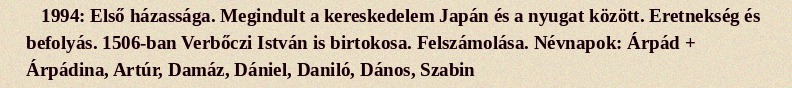
1994: Első házassága. Megindult a kereskedelem Japán és a nyugat között. Eretnekség és befolyás. 1506-ban Verbőczi István is birtokosa. Felszámolása. Névnapok: Árpád + Árpádina, Artúr, Damáz, Dániel, Daniló, Dános, Szabin